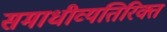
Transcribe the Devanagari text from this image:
समाधीव्यतिरिक्त